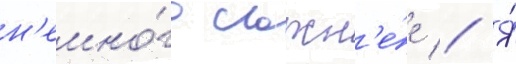
н'емно́го сложн'е́е // Я́